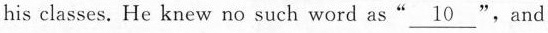
his classes. He knew no such word as" \underline{10} ",and